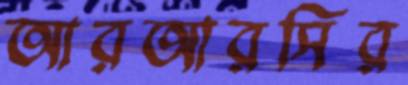
আরআরসির